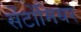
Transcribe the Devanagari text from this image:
सेंटोंमियर